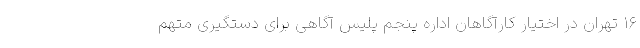
۱۶ تهران در اختیار کارآگاهان اداره پنجم پلیس آگاهی برای دستگیری متهم